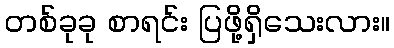
တစ်ခုခု စာရင်း ပြဖို့ရှိသေးလား။